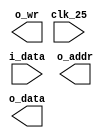
/*
 * 8- 
 * 
 * -    6502
 * -   25 
 */

module demo_processor(
   
    //      25 
    input   wire        clk_25,
    
    // 8-  
    input   wire [7:0]  i_data,         //  
    output  wire [15:0] o_addr,         // 16-  (64   )
    output  wire [7:0]  o_data,         //   
    output  wire        o_wr            //   
    

);

endmodule